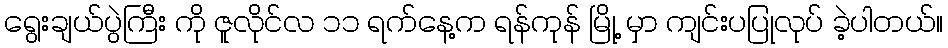
ရွေးချယ်ပွဲကြီး ကို ဇူလိုင်လ ၁၁ ရက်နေ့က ရန်ကုန် မြို့ မှာ ကျင်းပပြုလုပ် ခဲ့ပါတယ်။